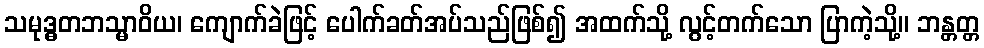
သမုဒ္ဓတဘသ္မာဝိယ၊ ကျောက်ခဲဖြင့် ပေါက်ခတ်အပ်သည်ဖြစ်၍ အထက်သို့ လွင့်တက်သော ပြာကဲ့သို့။ ဘန္တတ္တ